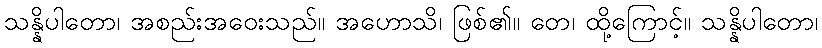
သန္နိပါတော၊ အစည်းအဝေးသည်။ အဟောသိ၊ ဖြစ်၏။ တေ၊ ထို့ကြောင့်။ သန္နိပါတော၊